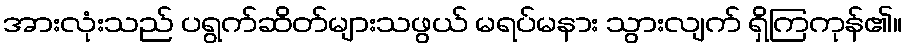
အားလုံးသည် ပရွက်ဆိတ်များသဖွယ် မရပ်မနား သွားလျက် ရှိကြကုန်၏။